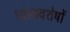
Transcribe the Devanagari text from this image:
ध्‍वंसावशेषों